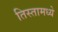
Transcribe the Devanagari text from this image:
तिस्तामध्ये